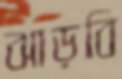
ঝাড়বি